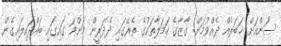
ސަންއަށް ޚަބަރެއް ދެއްވުމަށް: ގާޒާގެ ހަމަލާތަކުގެ ތެރޭގައި ދެދަރީން މަންމަ ގައިގައި ބައްދައިލައިގެން